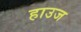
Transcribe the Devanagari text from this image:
हाउज